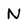
Character: N